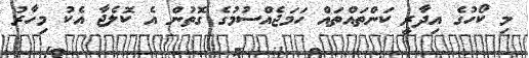
މި ކޯހުގެ އިދާރީ ކަންތައްތައް ހަމަޖެއްސުމުގެ ގޮތުން އެ ކޮލެޖާ އެކު މިހާރު